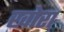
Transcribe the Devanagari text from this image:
खोरा